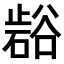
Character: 𭭲